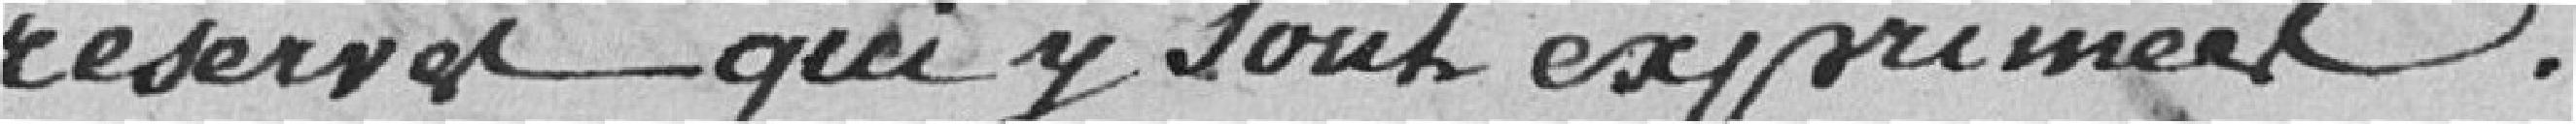
réserve qui y sont exprimées .